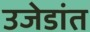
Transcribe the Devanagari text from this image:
उजेडांत